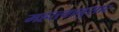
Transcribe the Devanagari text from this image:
महत्त्वानुसार